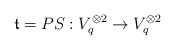
\begin{align*} \mathfrak{t}=PS: V_q^{\otimes2}\rightarrow V_q^{\otimes 2}\end{align*}